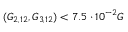
( G _ { 2 , 1 2 } , G _ { 3 , 1 2 } ) < 7 . 5 \cdot 1 0 ^ { - 2 } G